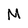
Character: M